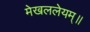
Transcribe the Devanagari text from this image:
मेखललेयम्॥